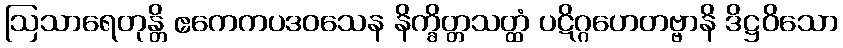
ဩသာရေတုန္တိ ဧကေကပဒဝသေန နိက္ခိတ္တသတ္ထံ ပဋိဂ္ဂဟေတဗ္ဗာနိ ဒိဋ္ဌဝိသော